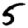
Digit: 5